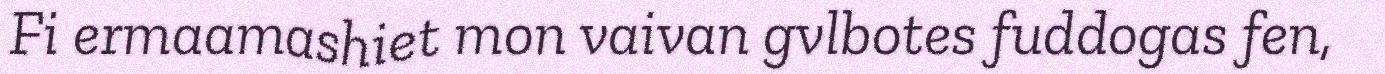
Fi ermaamashiet mon vaivan gvlbotes fuddogas fen,